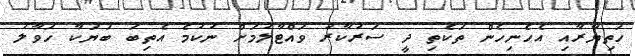
ހަތިޔާރާއި އެހެނިހެން ތަކެތި ދީ ސަރުކާރު ވައްޓާލުމަށް ނުކުމެ އެތިބަ ބަޔަކާ ހަވާލު